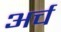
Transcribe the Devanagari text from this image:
अर्च